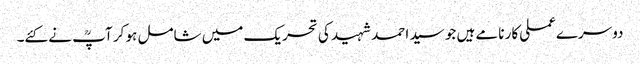
دوسرےعملی کار نامے ہیں جو سید احمد شہید کی تحریک میں شامل ہو کر آپؒ نے کئے۔